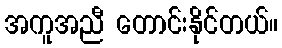
အကူအညီ တောင်းနိုင်တယ်။